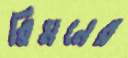
রিমনের